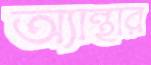
অ্যান্থার